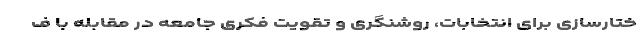
ختارسازی برای انتخابات، روشنگری و تقویت فکری جامعه در مقابله با ف